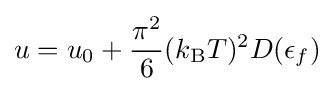
u=u_{0}+{\frac {\pi ^{2}}{6}}(k_{\rm {B}}T)^{2}D(\epsilon _{f})